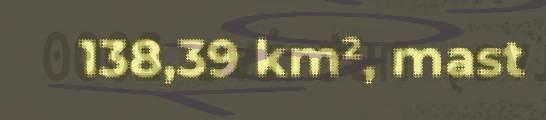
138,39 km², mast